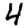
Digit: 4